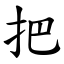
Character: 把